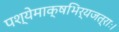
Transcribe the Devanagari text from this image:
पश्येमाक्षभिर्यजत्राः।